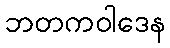
ဘတကဝါဒေန